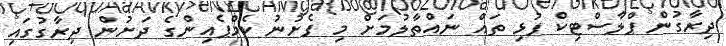
ދިރާގުން ޕްލާސްޓިކް ފުޅި ތައް ނައްތާލުމަށް މި ފެށުނު ކެމްޕެއިންގެ ދަށުން ދިރާގުގައި